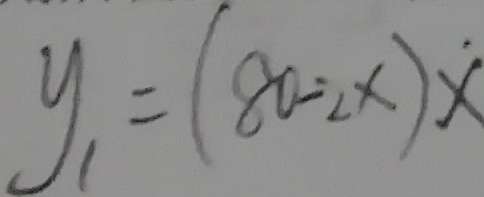
y _ { 1 } = ( 8 0 - 2 x ) x